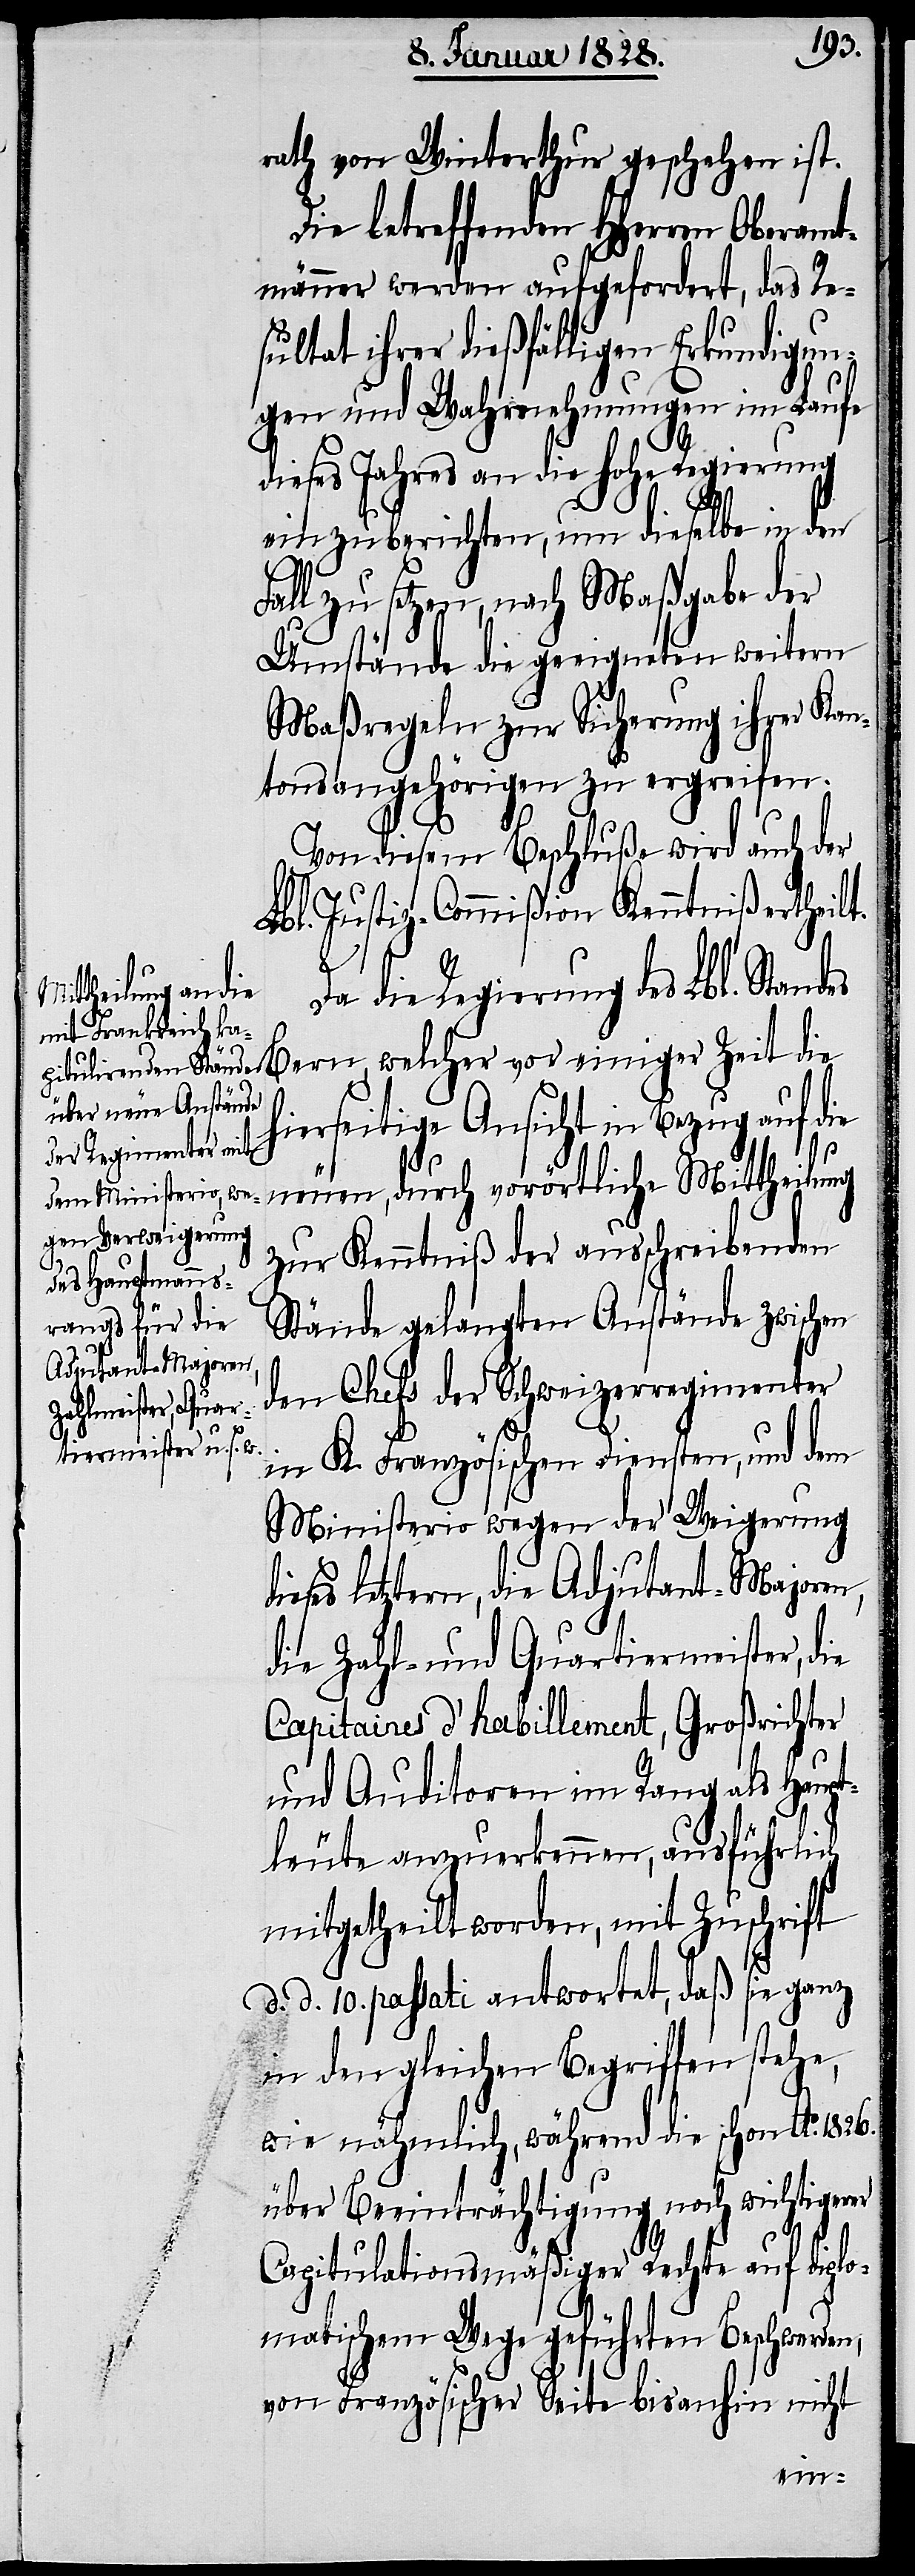
rath von Winterthur geschehen ist.
Die betreffenden HHerren Oberamt¬
männer werden aufgefordert, das Re¬
sultat ihrer dießfälligen Erkundigun¬
gen und Wahrnehmungen im Laufe
dieses Jahres an die hohe Regierung
einzuberichten, um dieselbe in den
Fall zu setzen, nach Maßgabe der
Umstände die geeigneten weitern
Maßregeln zur Sicherung ihrer Kan¬
tonsangehörigen zu ergreifen.
Von diesem Beschluße wird auch der
Lbl. Justiz-Commißion Kenntniß ertheilt.
Da die Regierung des Lbl. Standes
hierseitige Ansicht in Bezug auf die
neuen, durch vorörtliche Mittheilung
zur Kenntniß ausschreibenden
d¬
Stände gelangten Anstände zwischen
den Chefs der Schweizerregimenter
einiger Zeit
in K. Französischen Diensten, und dem
Ministerio wegen der Weigerung
ieses letztern, die Adjutant-Majoren,
die Zahl- und Quartiermeister, die
Capitaines d’habillement, Großrichter
und Auditoren im Rang als Haupt¬
leute anzuerkennen, ausführlich
mitgetheilt worden, mit Zuschrift
d. d. 10. passati antwortet, daß sie ganz
in den gleichen Begriffen stehe,
wie nähmlich, während die schon Ao. 1826.
über Beeinträchtigung noch wichtigerer
Capitulationsmäßiger Rechte auf diplo¬
matischem Wege geführten Beschwerden,
von Französischer Seite bis anhin nicht